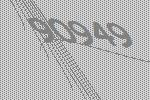
90949